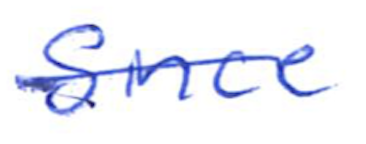
Text: Since
Cross-out: single-line
Writing tool: ballpoint